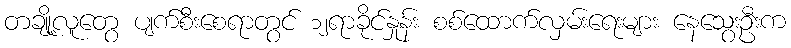
တချို့လူတွေ ပျက်စီးစေရာတွင် ၁၂ရာခိုင်နှုန်း စစ်ထောက်လှမ်းရေးများ နေသွေးဦးက